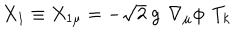
X _ { 1 } \equiv X _ { 1 \mu } = - \sqrt { 2 } \ g \ \, \nabla _ { \mu } \phi \, \ T _ { k }